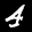
Label: 4